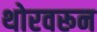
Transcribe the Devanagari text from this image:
थोरवरून